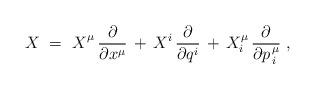
LaTeX: \begin{align*} X ~=~ X_{\vphantom{i}}^\mu \, \frac{\partial}{\partial x^\mu} \, + \, X^i \, \frac{\partial}{\partial q^i} \, + \, X_i^\mu \, \frac{\partial}{\partial p\>\!_i^\mu}~,\end{align*}